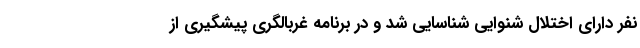
نفر دارای اختلال شنوایی شناسایی شد و در برنامه غربالگری پیشگیری از